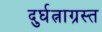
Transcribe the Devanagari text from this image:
दुर्घत्नाग्रस्त